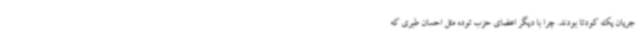
جریان یک کودتا بودند. چرا با دیگر اعضای حزب توده مثل احسان طبری که